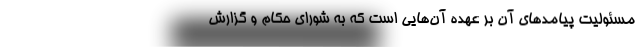
مسئوليت پيامدهای آن بر عهده آن‌هايی است كه به شورای حكام و گزارش